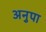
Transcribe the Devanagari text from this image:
अनुपा